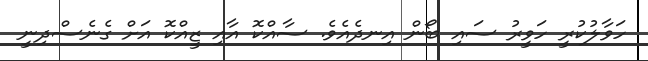
ހަވާލުކުރީ ހަވީރު ސައި ބޯން އިނދެއެވެ. ސާއްކޮ އާއި ޒީއްކޮ އަށް ގެނެސްދިނީ